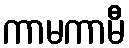
ကာမကာမီ